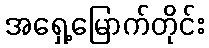
အရှေ့မြောက်တိုင်း